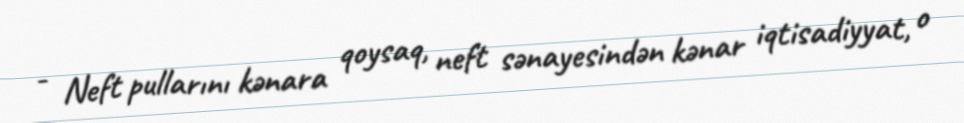
- Neft pullarını kənara qoysaq, neft sənayesindən kənar iqtisadiyyat, o